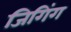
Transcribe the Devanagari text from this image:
जिगिंग